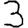
Digit: 3